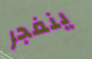
ينفجر